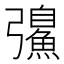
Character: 𫹂